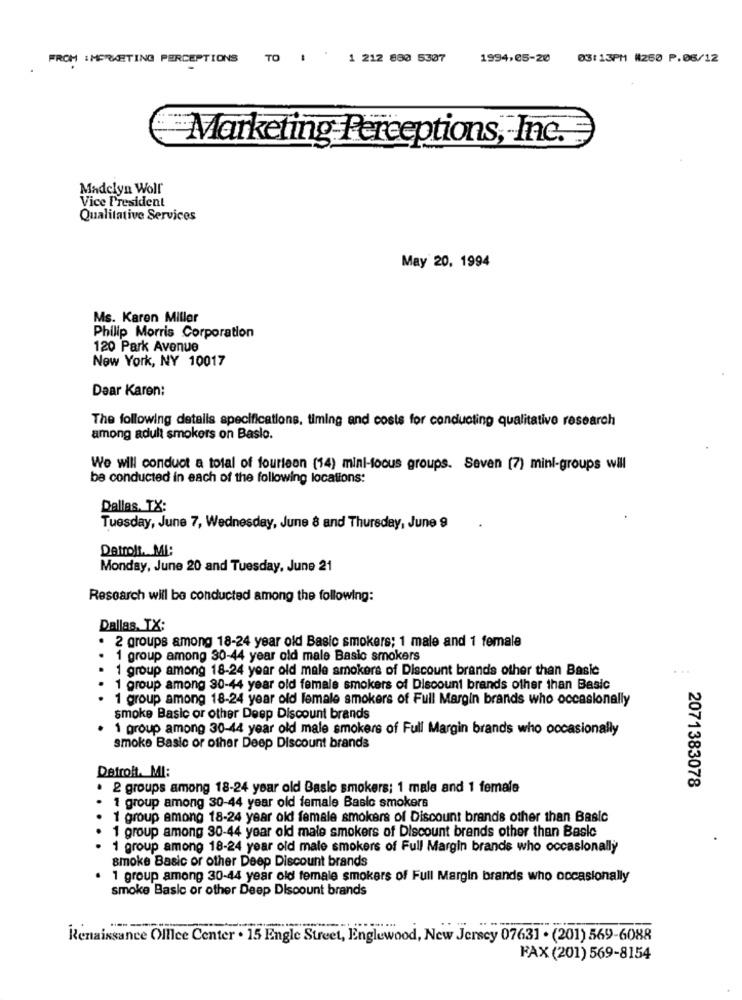
FROM : MARKETING PERCEPTIONS TO 1 .
1 212 880 5307
1994,05-20
03:13PM #260 P.06/12
Marketing Perceptions, Inc.
Madelyn Woll
Vice President
Qualitative Services
May 20, 1994
Ms. Karen Miller
Philip Morris Corporation
120 Park Avenue
New York, NY 10017
Daar Karen:
The following detalis specifications, timing and costs for conducting qualitative research
among adult smokers on Baslo.
We will conduct a total of fourleon (14) mini-focus groups. Seven (7) mini-groups will
be conducted in each of the following locations:
Dallas, TX:
Tuesday, June 7, Wednesday, June 8 and Thursday, June 9
Datrolt. MI:
Monday, June 20 and Tuesday, June 21
Research will be conducted among the following:
Dallas, TX:
.
2 groups among 18-24 year old Basic smokers; 1 male and 1 female
..
1 group among 30-44 year old male Basic smokers
1 group among 18-24 year old male smokers of Discount brands other than Basic
1 group among 30-44 year old female smokers of Discount brands other than Basic
1 group among 18-24 year old lemale smokers of Full Margin brands who occasionally
smoke Basic or other Deep Discount brands
1 group among 30-44 year old male smokers of Full Margin brands who occasionally
smoke Basic or other Deep Discount brands
Detroit. MI:
· 2 groups among 18-24 year old Basio smokers; 1 male and 1 female
2071383078
1 group among 30-44 year old female Basic smokers
1 group among 18-24 year old female smokers of Discount brands other than Basic
1 group among 30-44 year old male smokers of Discount brands other than Basic
1 group among 18-24 year old male smokers of Full Margin brands who occasionally
smoke Basic or other Deep Discount brands
1 group among 30-44 year old female smokers of Full Margin brands who occasionally
smoke Basic or other Deep Discount brands
Renaissance Olllce Center . 15 Engle Street, Englewood, New Jersey 07631 . (201) 569-6088
FAX (201) 569-8154